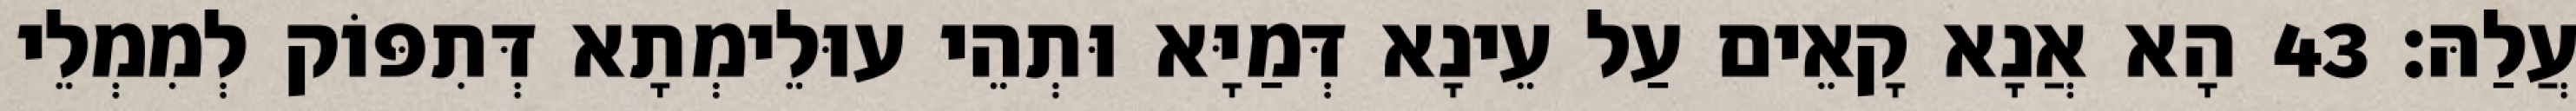
עֲלַהּ׃ 43 הָא אֲנָא קָאֵים עַל עֵינָא דְּמַיָּא וּתְהֵי עוּלֵימְתָא דְּתִפּוֹק לְמִמְלֵי